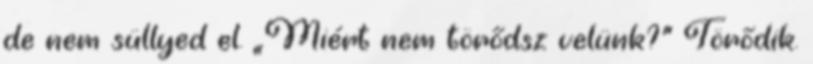
de nem süllyed el. „Miért nem törődsz velünk?” Törődik.